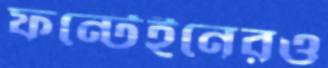
ফন্টেইনেরও